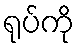
ရုပ်ကို